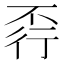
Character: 𧗩